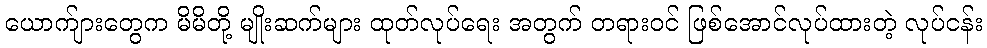
ယောက်ျားတွေက မိမိတို့ မျိုးဆက်များ ထုတ်လုပ်ရေး အတွက် တရားဝင် ဖြစ်အောင်လုပ်ထားတဲ့ လုပ်ငန်း